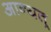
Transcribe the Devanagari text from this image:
आन्यत्र्